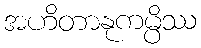
အဟိတာနုကမ္ပိဿ